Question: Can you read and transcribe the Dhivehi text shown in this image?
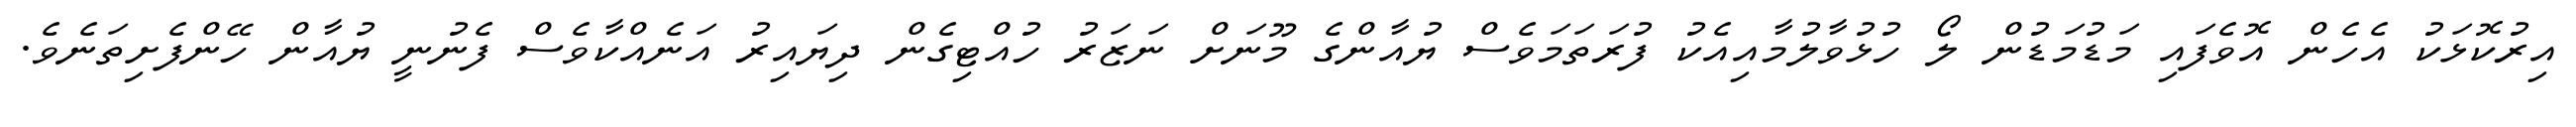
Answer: އިރުކޮޅަކު އެހެން އޮވެފައި މަޑުމަޑުން ލޯ ހުޅުވާލުމާއިއެކު ފުރަތަމަވެސް ޔުއާންގެ މޫނަށް ނަޒަރު ހުއްޓިގެން ދިޔައިރު އަނެއްކާވެސް ފެނުނީ ޔުއާން ހޭންފެށިތަނެވެ.